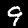
Label: 9